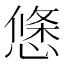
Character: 𭞝